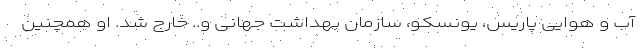
آب و هوایی پاریس، یونسکو، سازمان بهداشت جهانی و.. خارج شد. او همچنین